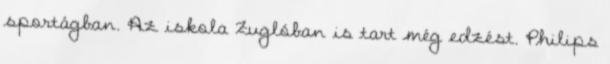
sportágban. Az iskola Zuglóban is tart még edzést. Philips